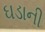
ઘડાની